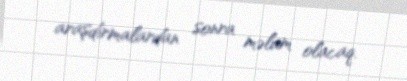
araşdırmalardan sonra məlum olacaq.